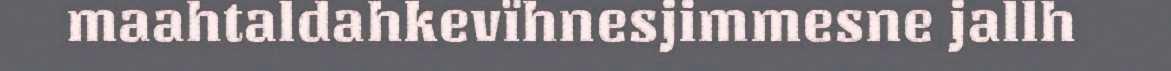
maahtaldahkevïhnesjimmesne jallh